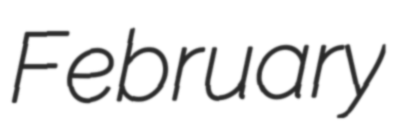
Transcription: February